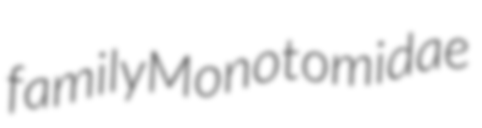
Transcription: family Monotomidae